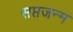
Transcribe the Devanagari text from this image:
सप्तजन्म